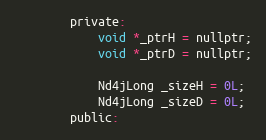
Language: C
        private:
            void *_ptrH = nullptr;
            void *_ptrD = nullptr;

            Nd4jLong _sizeH = 0L;
            Nd4jLong _sizeD = 0L;
        public: